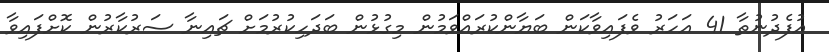
އުފެދުނުތާ 41 އަހަރު ވެފައިވާކަން ބަޔާންކުރައްވަމުން މިގުޅުން ބަދަހިކުރުމަށް ޗައިނާ ސަރުކާރުން ކޮށްފައިވާ